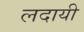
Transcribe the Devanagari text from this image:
लदायी